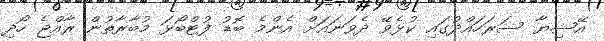
އޭޝިޔާ ސަރަހައްދުގައި ކުޅެވޭ ދެވަނައަށް އެންމެ ބޮޑު ފުޓްބޯޅަ މުބާރާތުން ރާއްޖެ ހޯދި